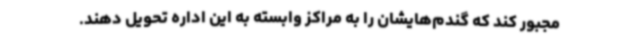
مجبور کند که گندم‌هایشان را به مراکز وابسته به این اداره تحویل دهند.